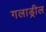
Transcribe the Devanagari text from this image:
गलाड्रील